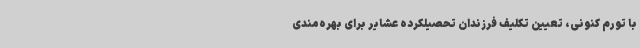
با تورم کنونی، تعیین تکلیف فرزندان تحصیلکرده عشایر برای بهره‌مندی